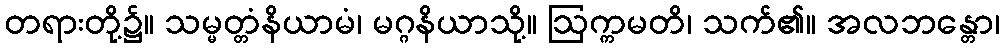
တရားတို့၌။ သမ္မတ္တံနိယာမံ၊ မဂ္ဂနိယာသို့။ ဩက္ကမတိ၊ သက်၏။ အလဘန္တော၊